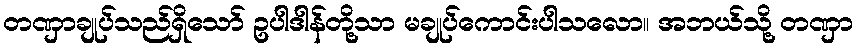
တဏှာချုပ်သည်ရှိသော် ဥပါဒါန်တို့သာ မချုပ်ကောင်းပါသလော။ အဘယ်သို့ တဏှာ